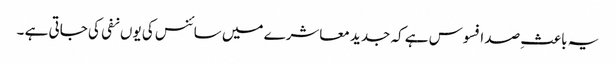
یہ باعثِ صد افسوس ہے کہ جدید معاشرے میں سائنس کی یوں نفی کی جاتی ہے ۔